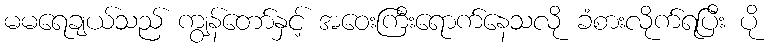
မမရေချယ်သည် ကျွန်တော်နှင့် အဝေးကြီးရောက်နေသလို ခံစားလိုက်ရပြီး ပို